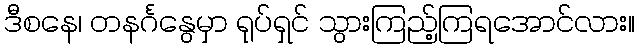
ဒီစနေ၊ တနင်္ဂနွေမှာ ရုပ်ရှင် သွားကြည့်ကြရအောင်လား။